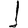
Digit: 1